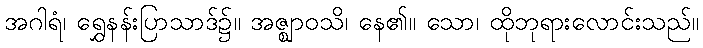
အဂါရံ၊ ရွှေနန်းပြာသာဒ်၌။ အဇ္ဈာဝသိ၊ နေ၏။ သော၊ ထိုဘုရားလောင်းသည်။